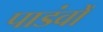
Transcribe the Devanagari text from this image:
पाडंवों